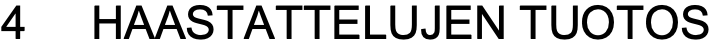
4  HAASTATTELUJEN TUOTOS